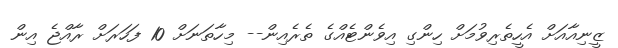
ޒީނިއާއަށް އެހީތެރިވުމަށް ހިންގި އިވެންޓެއްގެ ތެރެއިން-- މިހާތަނަށް 10 ފަހަރަށް ރާއްޖެ އިން